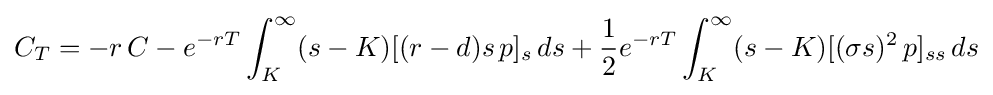
C_{T}=-r\,C-e^{-rT}\int _{K}^{\infty }(s-K)[(r-d)s\,p]_{s}\,ds+{\frac {1}{2}}e^{-rT}\int _{K}^{\infty }(s-K)[(\sigma s)^{2}\,p]_{ss}\,ds